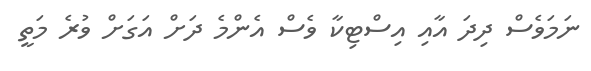
ނަމަވެސް ދިދަ އާއި އިސްޓިކާ ވެސް އެންމެ ދަށް އަގަށް ވުރެ މަތީ